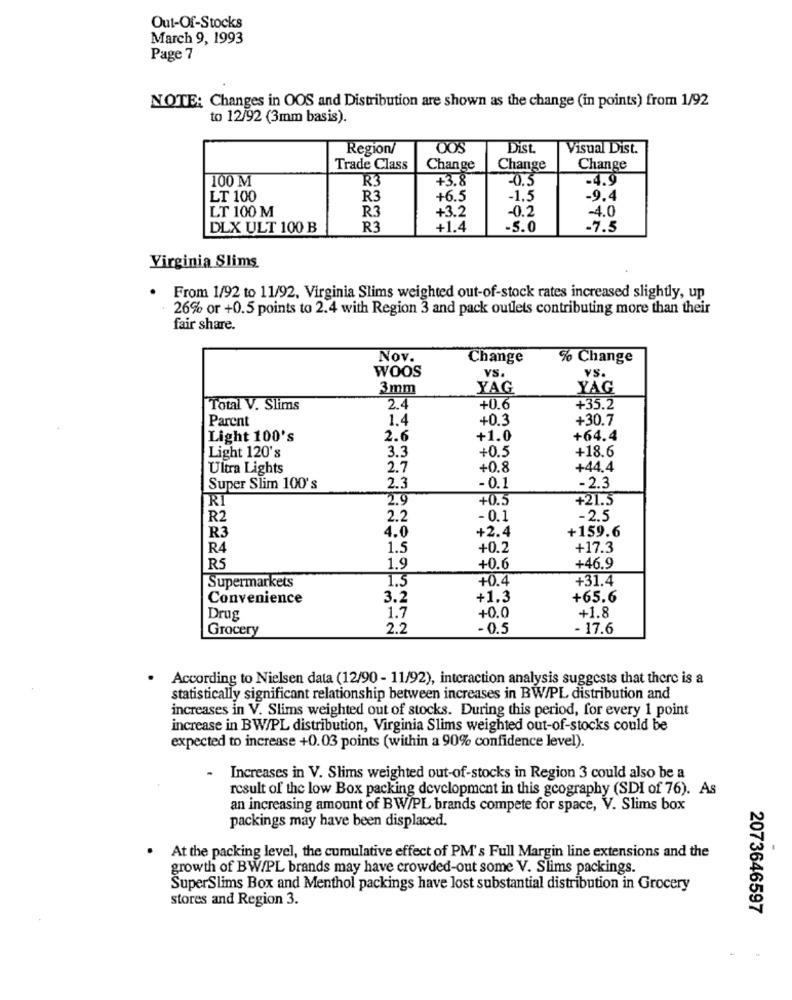
Out-Of-Stocks
March 9, 1993
Page 7
NOTE: Changes in OOS and Distribution are shown as the change (in points) from 1/92
to 12/92 (3mm basis).
Region/
DOS
Dist
Visual Dist.
Trade Class
Change
Change
Change
100 M
R3
+3.8
-0,5
-4.9
LT 100
R3
+6.5
-1.5
-9.4
LT 100 M
+3.2
R3
-0.2
-4.0
DLX ULT 100 B
R3
+1.4
-5.0
-7.5
Virginia Slims
From 1/92 to 11/92, Virginia Slims weighted out-of-stock rates increased slightly, up
26% or +0.5 points to 2.4 with Region 3 and pack outlets contributing more than their
fair share.
Nov.
Change
% Change
WOOS
VS.
YS.
3mm
YAG
YAG
Total V. Slims
2.4
+0.6
+35.2
Parent
1.4
+0.3
+30.7
Light 100's
2.6
+1.0
+64.4
Light 120's
3.3
+0.5
+18.6
Ultra Lights
2.7
+0.8
+44.4
- 0.1
-2.3
Super Slim 100's
2.3
2.9
+0.5
+21.5
R
R2
2.2
- 0.1
-2.5
+2.4
+159.6
R3
4.0
R4
1.5
+0.2
+17.3
R5
1.9
+0.6
+46.9
Supermarkets
1.5
+0.4
+31.4
Convenience
3.2
+1.3
+65.6
1.7
+0.0
Drug
+1.8
Grocery
2.2
-0.5
- 17.6
According to Nielsen data (12/90 - 11/92), interaction analysis suggests that there is a
statistically significant relationship between increases in BW/PL distribution and
increases in V. Slims weighted out of stocks. During this period, for every 1 point
increase in BW/PL distribution, Virginia Slims weighted out-of-stocks could be
expected to increase +0.03 points (within a 90% confidence level).
- Increases in V. Slims weighted out-of-stocks in Region 3 could also be a
result of the low Box packing development in this geography (SDI of 76). As
an increasing amount of BW/PL brands compete for space, V. Slims box
packings may have been displaced.
.
At the packing level, the cumulative effect of PM's Full Margin line extensions and the
growth of BW/PL brands may have crowded-out some V. Slims packings.
SuperSlims Box and Menthol packings have lost substantial distribution in Grocery
stores and Region 3.
2073646597